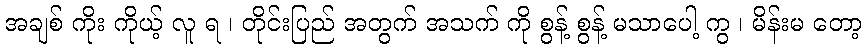
အချစ် ကိုး ကိုယ့် လူ ရ ၊ တိုင်းပြည် အတွက် အသက် ကို စွန့် စွန့် မသာပေါ့ ကွ ၊ မိန်းမ တော့